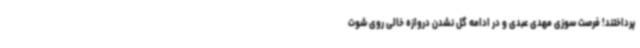
پرداختند! فرصت سوزی مهدی عبدی و در ادامه گل نشدن دروازه خالی روی شوت